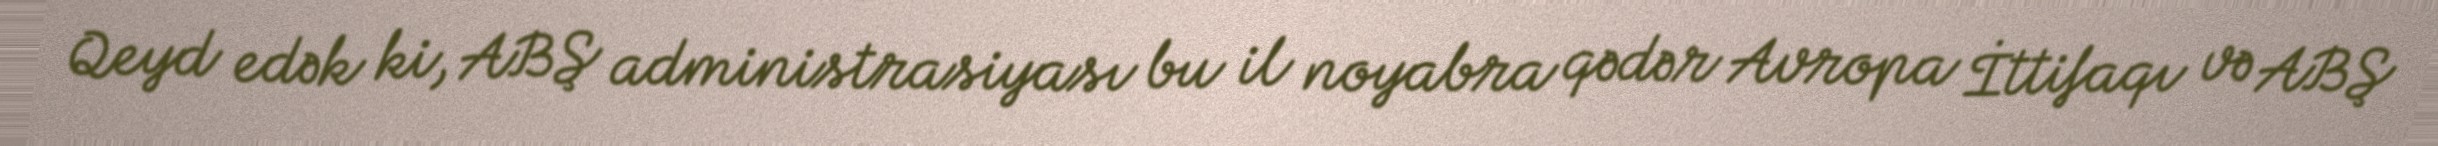
Qeyd edək ki, ABŞ administrasiyası bu il noyabra qədər Avropa İttifaqı və ABŞ